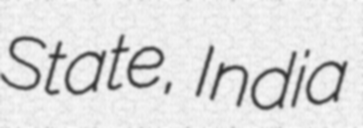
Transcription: State, India